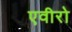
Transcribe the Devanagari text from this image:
एवीरो